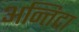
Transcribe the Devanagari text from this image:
अन्तिदा